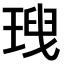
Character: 𤦥